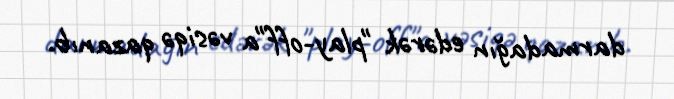
darmadağın edərək "play-off"a vəsiqə qazanıb.